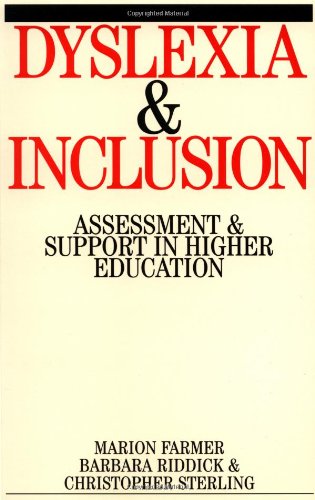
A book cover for Dyslexia and Inclusion: Assessment and Support in Higher Education; Marion Farmer; Health, Fitness & Dieting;